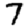
Digit: 7